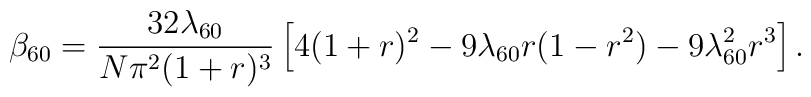
\beta _{60}={\frac{32\lambda _{60}}{N\pi ^{2}(1+r)^{3}}}\left[4(1+r)^{2}-9\lambda _{60}r(1-r^{2})-9\lambda _{60}^{2}r^{3}\right] .